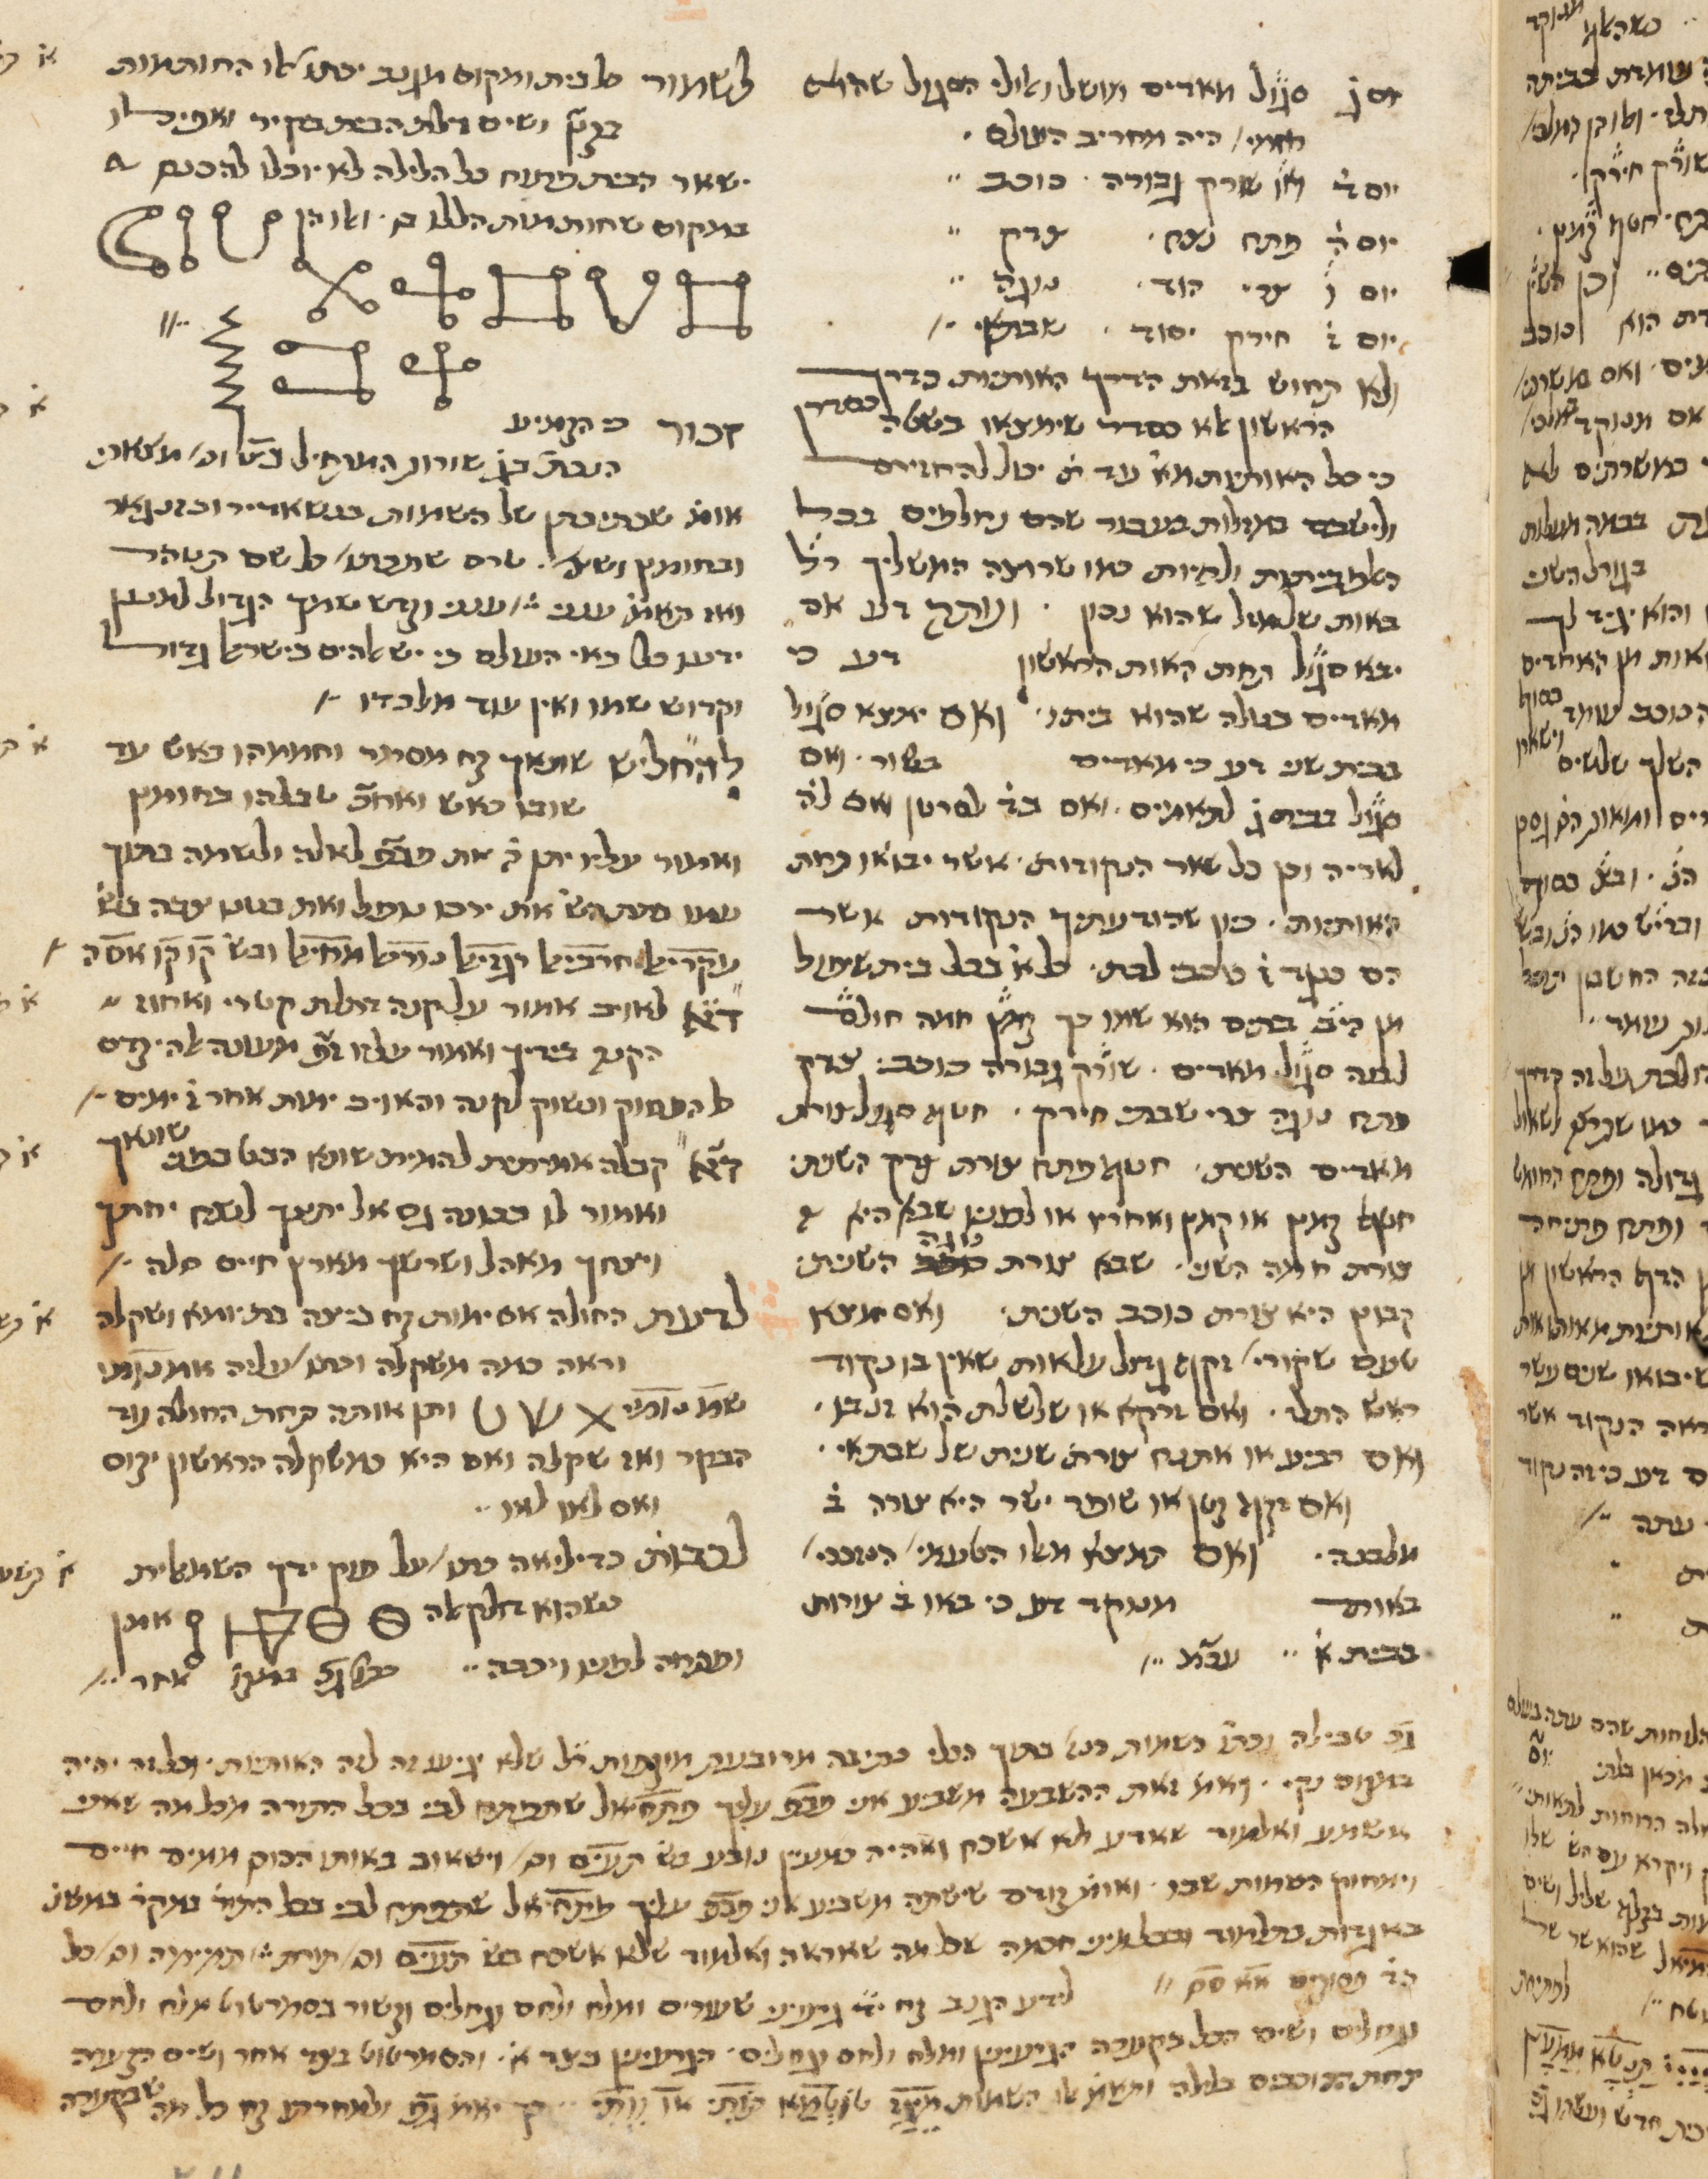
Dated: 1400–1799